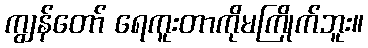
ကျွန်တော် ရေကူးတာကိုမကြိုက်ဘူး။